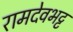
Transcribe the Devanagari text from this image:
रामदेवभट्ट